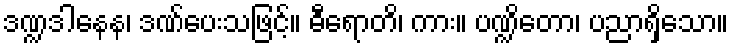
ဒဏ္ဍဒါနေန၊ ဒဏ်ပေးသဖြင့်။ ဓီရောတိ၊ ကား။ ပဏ္ဍိတော၊ ပညာရှိသော။